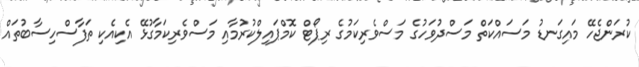
ކުރަންޖެހޭ މައިގަނޑު މަސައްކަތް މަސްދުވަހުގެ މަސްވެރިކަމުގެ ރިޕޯޓް ކޮމްޕައިލްކުރުމާއި މަސްވެރިކަމާގުޅޭ އެކިއެކި ތަފާސްހިސާބުތައް